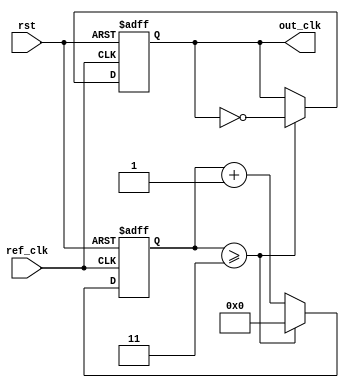
module PLL (
    input wire ref_clk,           // Reference clock input
    input wire rst,              // Active high reset
    output reg out_clk           // Output clock
);

    // Parameters
    parameter N = 4;             // Division factor for output clock
    parameter VCO_MAX_FREQ = 100; // Max VCO frequency (arbitrary units)
    parameter VCO_MIN_FREQ = 10;  // Min VCO frequency (arbitrary units)
    
    // Internal signals
    reg [1:0] phase_err;         // Phase error signal from phase detector
    reg [7:0] control_voltage;    // Control voltage for VCO
    reg [7:0] vco_freq;           // Frequency output of VCO
    reg [3:0] counter;            // Frequency divider counter

    // Phase Detector
    always @(posedge ref_clk or posedge rst) begin
        if (rst) begin
            phase_err <= 2'b00;   // Reset phase error
        end else begin
            // Simple phase detection logic (leading/lagging)
            // This can be replaced with more complex logic
            if (out_clk) begin
                phase_err <= 2'b01; // Output clock is leading
            end else begin
                phase_err <= 2'b10; // Output clock is lagging
            end
        end
    end

    // Loop Filter
    always @(posedge ref_clk or posedge rst) begin
        if (rst) begin
            control_voltage <= 8'd0; // Reset control voltage
        end else begin
            // Simple loop filter (first order)
            case (phase_err)
                2'b01: control_voltage <= control_voltage + 1; // Increase voltage
                2'b10: control_voltage <= control_voltage - 1; // Decrease voltage
                default: control_voltage <= control_voltage; // No change
            endcase
            // Clamp control voltage to VCO range
            if (control_voltage > 8'd255) control_voltage <= 8'd255;
            if (control_voltage < 8'd0) control_voltage <= 8'd0;
        end
    end

    // Voltage-Controlled Oscillator (VCO)
    always @(posedge ref_clk or posedge rst) begin
        if (rst) begin
            vco_freq <= VCO_MIN_FREQ; // Reset VCO frequency
        end else begin
            // Map control voltage to frequency range
            vco_freq <= VCO_MIN_FREQ + ((control_voltage * (VCO_MAX_FREQ - VCO_MIN_FREQ)) >> 8);
        end
    end

    // Frequency Divider
    always @(posedge ref_clk or posedge rst) begin
        if (rst) begin
            counter <= 4'd0;         // Reset counter
            out_clk <= 1'b0;         // Reset output clock
        end else begin
            // Simple frequency division
            if (counter >= N - 1) begin
                counter <= 4'd0;
                out_clk <= ~out_clk; // Toggle output clock
            end else begin
                counter <= counter + 1;
            end
        end
    end

endmodule